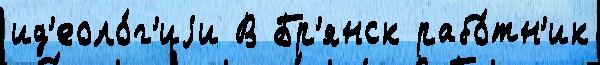
ид'еоло́г'иjи В Бр'янск рабо́тн'ик